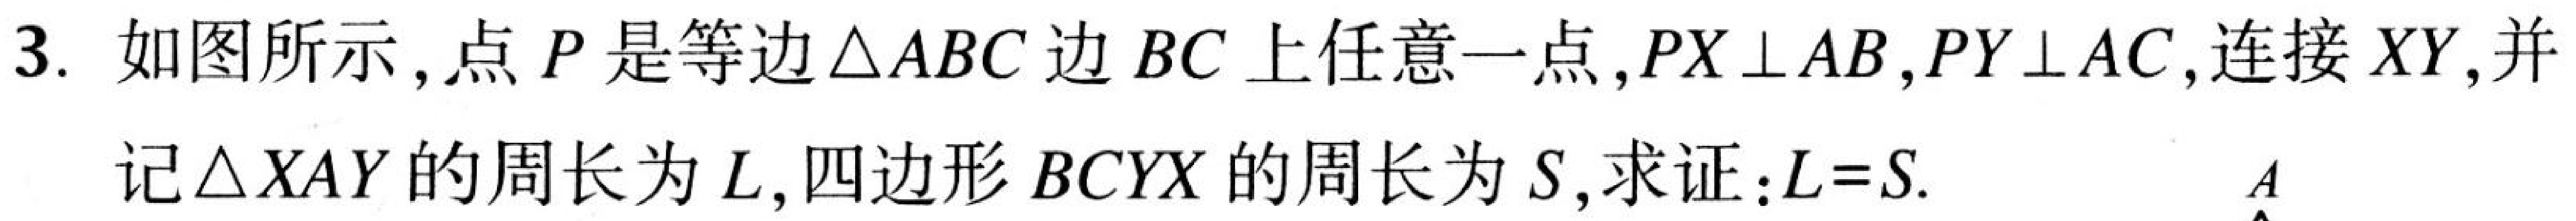
3. 如图所示,点 \(P\) 是等边\(\triangle ABC\)边 \(BC\) 上任意一点,\(PX\perp AB\),\(PY\perp AC\),连接 \(XY\),并
记\(\triangle XAY\)的周长为 \(L\),四边形 \(BCYX\)的周长为 \(S\),求证:\(L = S\).